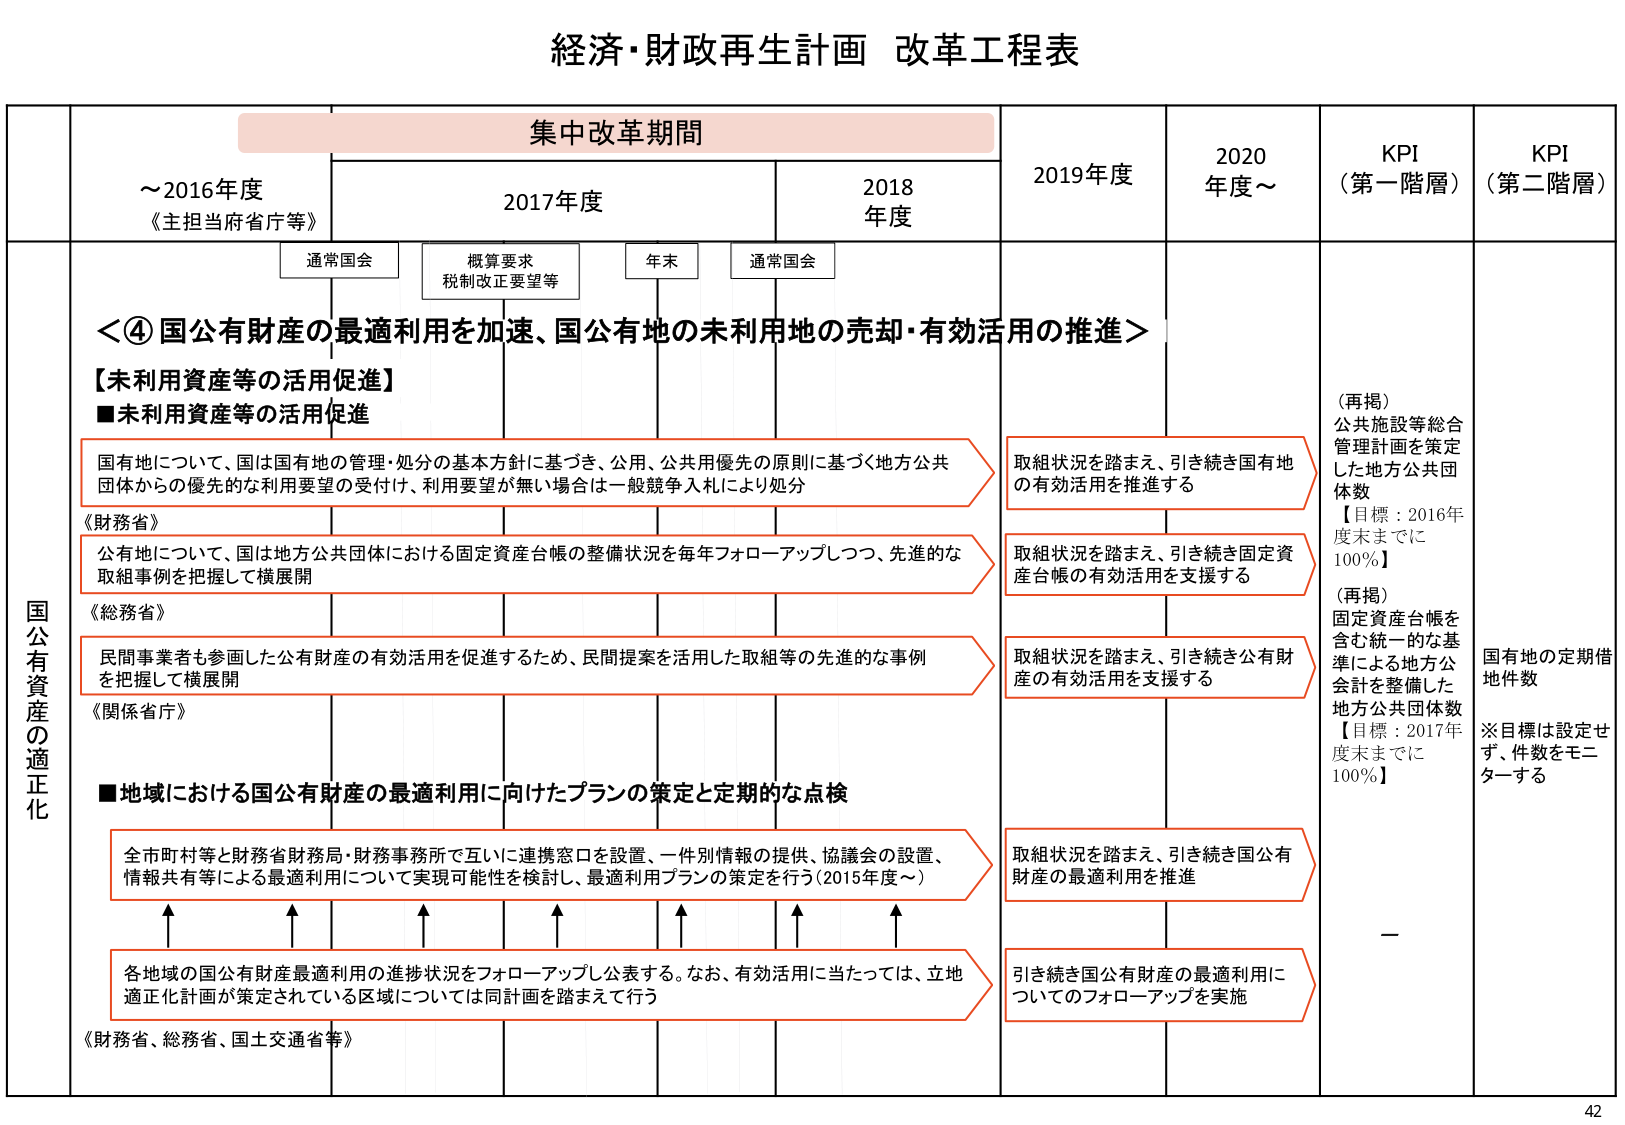
経済・財政再生計画 改革工程表

集中改革期間

～2016年度
《主担当府省庁等》

2017年度

2018年度

2019年度

2020年度～

KPI
（第一階層）

KPI
（第二階層）

通常国会

概算要求
税制改正要望等

年末

通常国会

国公有資産の適正化

＜④ 国公有財産の最適利用を加速、国公有地の未利用地の売却・有効活用の推進＞

【未利用資産等の活用促進】

■未利用資産等の活用促進

国有地について、国は国有地の管理・処分の基本方針に基づき、公用、公共用優先の原則に基づく地方公共団体からの優先的な利用要望の受付け、利用要望が無い場合は一般競争入札により処分
《財務省》

公有地について、国は地方公共団体における固定資産台帳の整備状況を毎年フォローアップしつつ、先進的な取組事例を把握して横展開
《総務省》

民間事業者も参画した公有財産の有効活用を促進するため、民間提案を活用した取組等の先進的な事例を把握して横展開
《関係省庁》

■地域における国公有財産の最適利用に向けたプランの策定と定期的な点検

全市町村等と財務省財務局・財務事務所で互いに連携窓口を設置、一件別情報の提供、協議会の設置、情報共有等による最適利用について実現可能性を検討し、最適利用プランの策定を行う（2015年度～）

各地域の国公有財産最適利用の進捗状況をフォローアップし公表する。なお、有効活用に当たっては、立地適正化計画が策定されている区域については同計画を踏まえて行う
《財務省、総務省、国土交通省等》

取組状況を踏まえ、引き続き国有地の有効活用を推進する

取組状況を踏まえ、引き続き固定資産台帳の有効活用を支援する

取組状況を踏まえ、引き続き公有財産の有効活用を支援する

取組状況を踏まえ、引き続き国公有財産の最適利用を推進

引き続き国公有財産の最適利用についてのフォローアップを実施

（再掲）
公共施設等総合管理計画を策定した地方公共団体数
【目標：2016年度末までに100％】

（再掲）
固定資産台帳を含む統一的な基準による地方公会計を整備した地方公共団体数
【目標：2017年度末までに100％】

—

国有地の定期借地件数
※目標は設定せず、件数をモニターする

42